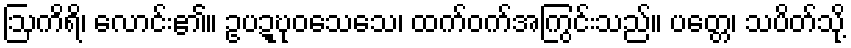
ဩကိရိ၊ လောင်း၏။ ဥပဍ္ဎုဝသေသေ၊ ထက်ဝက်အကြွင်းသည်။ ပတ္တေ၊ သပိတ်သို့